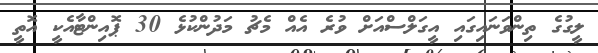
ލީގުގެ ތިންވަނައިގައި އީގަލްސްއަށް ވުރެ އެއް މެޗު މަދުންކުޅެ 30 ޕޮއިންޓާއެކީ އޮތީ